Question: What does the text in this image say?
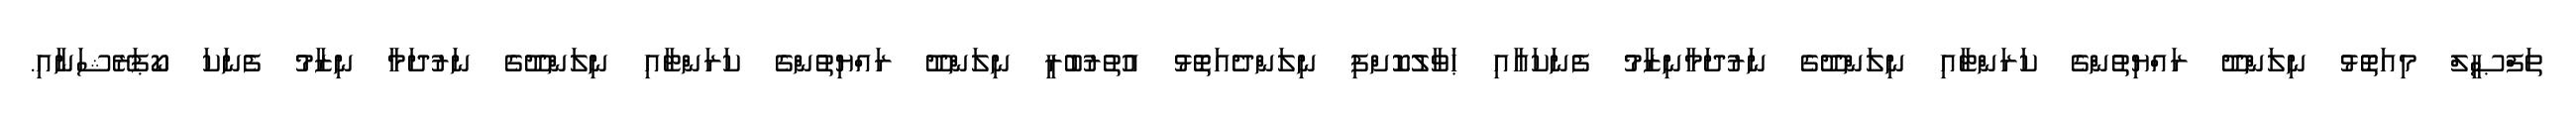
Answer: ތަފްޞީލް މިއަތޮޅު ނިލަންދޫ ރައްޔިތުންގެ ކަރަންޓާއި ނިލަންދޫގެ ނަރުދަމާނިޒާމު ފެނަކައާއި ޙަވާލުކޮށްފި ނިލަންދެއަތޮޅު އުތުރުބުރީ ނިލަންދޫ ރައްޔިތުންގެ ކަރަންޓާއި ނިލަންދޫގެ ނަރުދަމާ ނިޒާމު ފެނަކަ ކޯޕަރޭޝަނާއި.